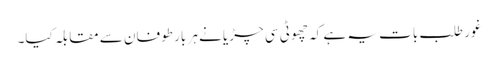
غور طلب بات یہ ہے کہ چھوٹی سی چڑیا نے ہر بار طوفان سے مقابلہ کیا۔